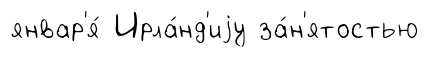
январ'я́ Ирла́нд'иjу за́н'ятостью